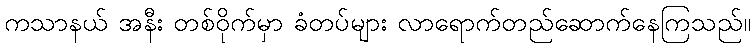
ကသာနယ် အနီး တစ်ဝိုက်မှာ ခံတပ်များ လာရောက်တည်ဆောက်နေကြသည်။